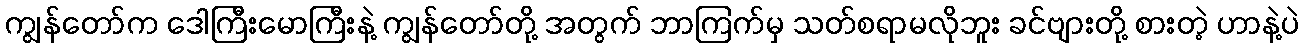
ကျွန်တော်က ဒေါကြီးမောကြီးနဲ့ ကျွန်တော်တို့ အတွက် ဘာကြက်မှ သတ်စရာမလိုဘူး ခင်ဗျားတို့ စားတဲ့ ဟာနဲ့ပဲ